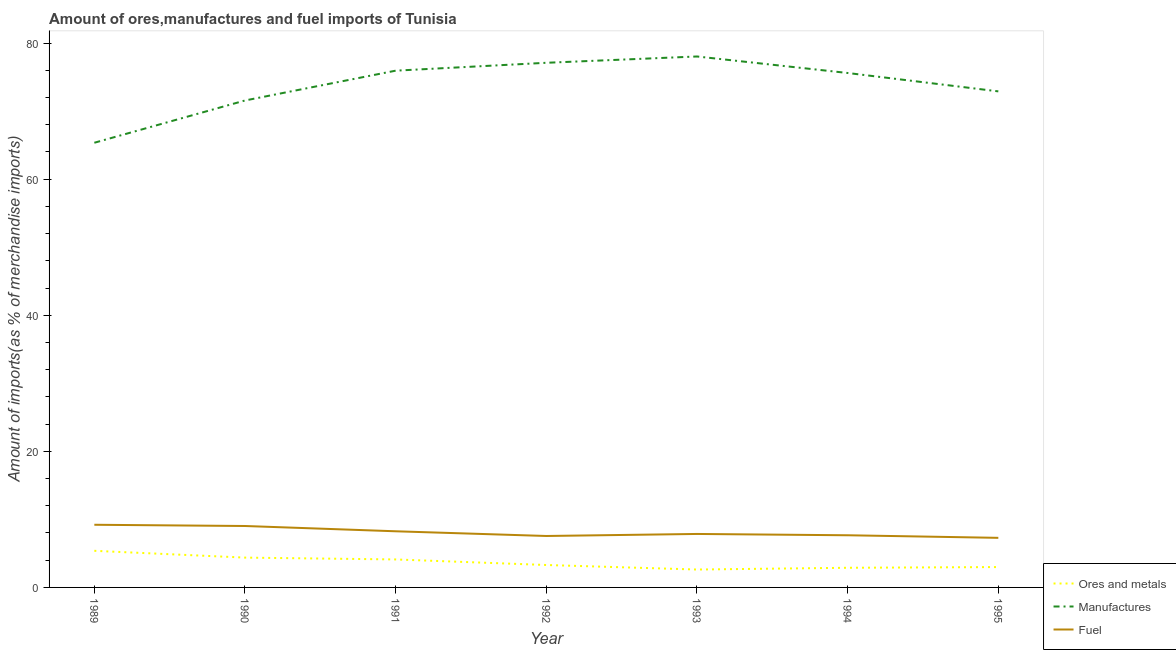
| Year | Ores and metals | Manufactures | Fuel |
 | --- | --- | --- | --- |
 | 1989 | 5.38 | 65.3 | 9.21 |
 | 1990 | 4.38 | 71.6 | 9.03 |
 | 1991 | 4.11 | 75.9 | 8.25 |
 | 1992 | 3.3 | 77.1 | 7.56 |
 | 1993 | 2.63 | 78 | 7.86 |
 | 1994 | 2.89 | 75.6 | 7.67 |
 | 1995 | 2.99 | 72.9 | 7.29 |